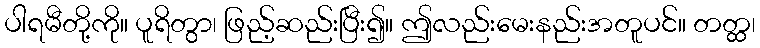
ပါရမီတို့ကို။ ပူရိတွာ၊ ဖြည့်ဆည်းပြီး၍။ ဤလည်းမေးနည်းအတူပင်။ တတ္ထ၊